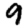
Digit: 9